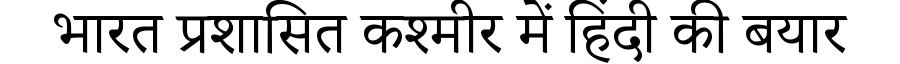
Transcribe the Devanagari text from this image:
भारत प्रशासित कश्मीर में हिंदी की बयार